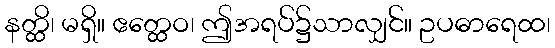
နတ္ထိ၊ မရှိ။ ဧတ္ထေဝ၊ ဤအရပ်၌သာလျှင်။ ဥပဓာရေထ၊